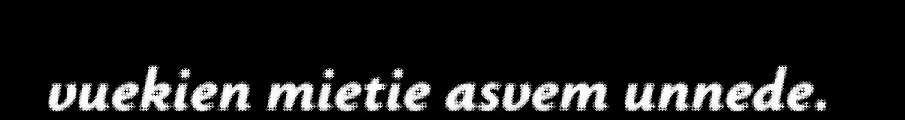
vuekien mietie asvem unnede.